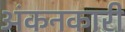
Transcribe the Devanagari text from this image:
अंकनकारी